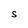
Character: S